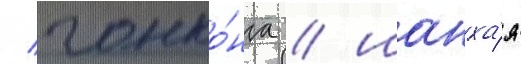
/ гонко́нга / шанха́я